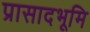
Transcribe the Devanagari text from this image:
प्रासादभूमि